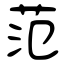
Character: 范